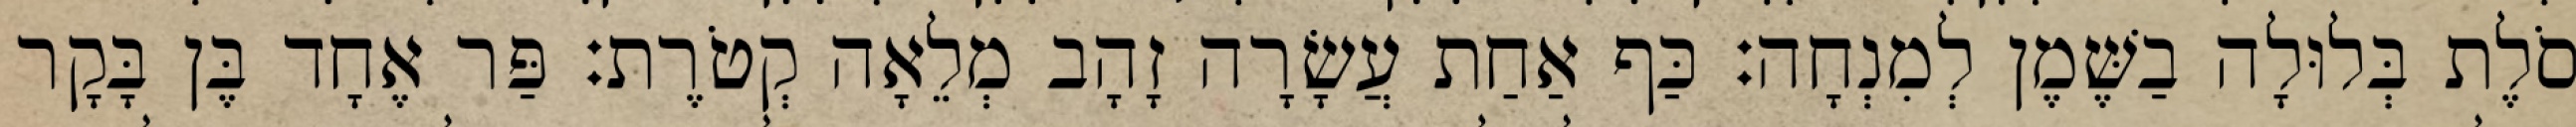
סֹלֶת בְּלוּלָה בַשֶּׁמֶן לְמִנְחָה׃ כַּף אַחַת עֲשָׂרָה זָהָב מְלֵאָה קְטֹרֶת׃ פַּר אֶחָד בֶּן בָּקָר